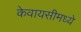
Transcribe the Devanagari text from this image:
केवायसीमध्ये